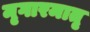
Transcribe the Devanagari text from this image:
मृगारमातृ